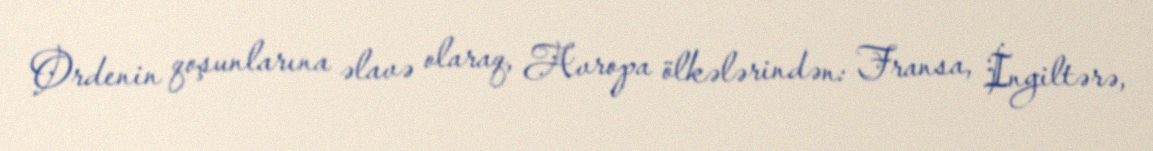
Ordenin qoşunlarına əlavə olaraq, Avropa ölkələrindən: Fransa, İngiltərə,